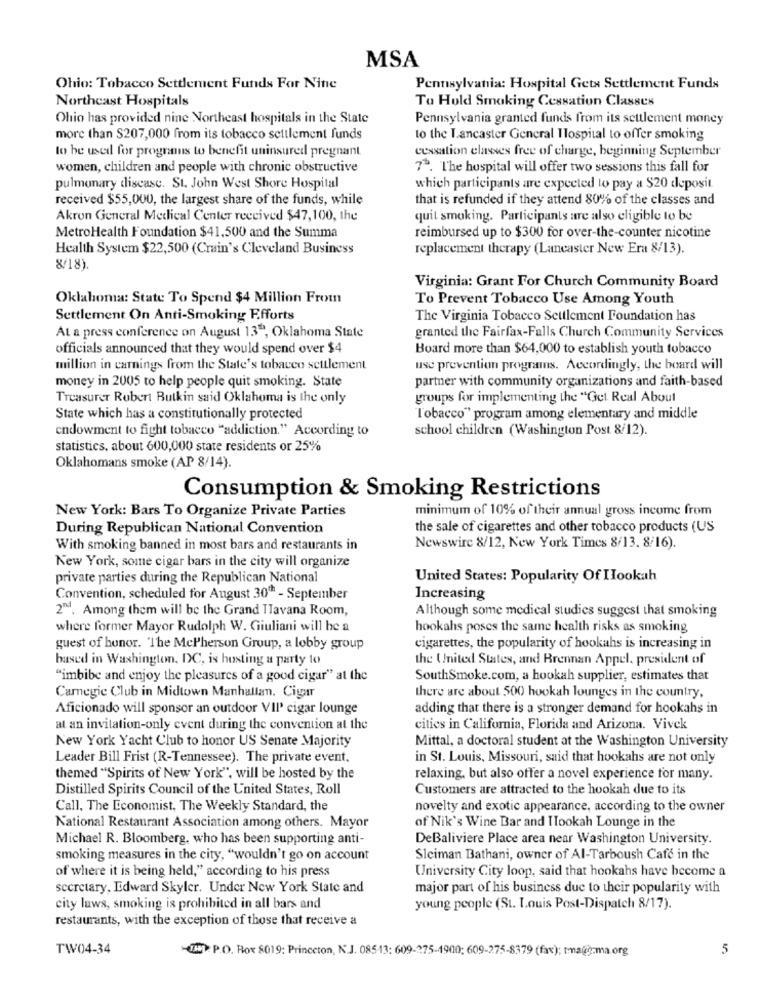
MSA
Ohio: Tobacco Settlement Funds For Nine
Pennsylvania: Hospital Getx Settlement Funds
Northeast Hospitals
To Hold Smoking Cessation Classes
Ohio has provided nine Northeast hospitals in the State
Pennsylvania granted funds from its settlement money
more than $207,000 from its tobacco settlement funds
to the Lancaster General Hospital to offer smoking
to be used for programs to benefit uninsured pregnant
cessation elases free of charge, beginning September
women, children and people with chronic obstructive
7 *. The hospital will offer two sessions this fall for
pulmonary disease. St. John West Shore Hospital
which participants are expected to pay a $20 deposit
received $55,000, the largest share of the funds, while
that is refunded if they attend 80% of the classes and
Akron General Medical Center received $47,100, the
quit smoking. Participants are also eligible to be
MetroHealth Foundation $41,500 and the Summa
reimbursed up to $300 for over-the-counter nicotine
Health System $22,500 (Crain's Cleveland Business
replacement therapy (Lancaster New Era 8/13).
8/18).
Virginia: Grant For Church Community Board
Oklahoma: State To Spend $4 Million From
To Prevent Tobacco Use Among Youth
Settlement On Anti-Smoking Efforts
The Virginia Tobacco Seulement Foundation has
At a press conference on August 13", Oklahoma State
granted the Fairfax-Falls Church Community Services
officials announced that they would spend over $4
Board more than $64,000 to establish youth tobacco
million in carnings from the State's tobacco settlement
use prevention programs. Accordingly, the board will
money in 2005 to help people quit smoking. State
partner with community organizations and faith-based
Treasurer Robert Butkin said Oklahoma is the only
groups for implementing the "Get Real About
State which has a constitutionally protected
Tobacco" program among elementary and middle
endowment to fight tobacco "addiction." According to
school children (Washington Post 8/12).
statistics, about 600,000 state residents or 25%
Oklahomans smoke (AP 8/14).
Consumption & Smoking Restrictions
New York: Bars To Organize Private Parties
minimum of 10% of their annual gross income from
During Republican National Convention
the sale of cigarettes and other tobacco products (US
With smoking banned in most bars and restaurants in
Newswire 8/12, New York Times 8/13. 8/16).
New York, some cigar bars in the city will organize
private parties during the Republican National
United States: Popularity Of Hookah
Convention, scheduled for August 300 - September
Increasing
2"1. Among them will be the Grand TTavana Room,
Although some medical studies suggest that smoking
where former Mayor Rudolph W. Giuliani will he a
hookahs poses the same health risks as smoking
guest of honor. The McPherson Group, a lobby group
cigarettes, the popularity of hookahs is increasing in
based in Washington, DC, is hosting a party to
the United States, and Brennan Appel, president of
"imbibe and enjoy the pleasures of a good cigar" at the
South Smoke.com, a hookah supplier, estimates that
Camegie Club in Midtown Manhallan. Cigar
there are about 500 hookah lounges in the country,
Aficionado will sponsor an outdoor VII' cigar lounge
adding that there is a stronger demand for hookahs in
at an invitation-only event during the convention at the
cities in California, Florida and Arizona. Vivek
New York Yacht Club to honor US Senate Majority
Mittal, a doctoral student at the Washington University
Leader Bill Frist (R-Tennessee). The private event.
in St. Louis, Missouri, said that hookahs are not only
themed "Spirits of New York", will be hosted by the
relaxing, but also offer a novel experience for many.
Distilled Spirits Council of the United States, Roll
Customers are attracted to the hookah due to its
Call, The Economist, The Weekly Standard, the
novelty and exotic appearance, according to the owner
National Restaurant Association among others. Mayor
of Nik's Wine Bar and ITookah Lounge in the
Michael R. Bloomberg, who has been supporting anti-
DeBaliviere Place area near Washington University.
smoking measures in the city, "wouldn't go on account
Sleiman Bathani, owner of Al-Tarboush Cafe in the
of where it is being held," according to his press
University City loop, said that hookahs have become a
secretary, Edward Skyler. Under New York State and
major part of his business due to their popularity with
city laws, smoking is prohibited in all bars and
young people (St. Louis Post-Dispatch 8/17).
restaurants, with the exception of those that receive a
TW04-34
1H : P.O. Rox 8019: Princeton, N.J. 085-13: 609-275-1900; 609-275-8379 (fax); tmauğ-ma.org
5